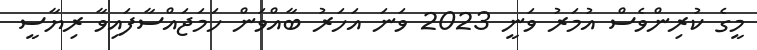
މީގެ ކުރިންވެސް އުމަރު ވަނީ 2023 ވަނަ އަހަރު ބާއްވަން ހަމަޖައްސާފައިވާ ރިޔާސީ